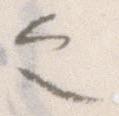
之